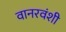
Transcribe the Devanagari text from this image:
वानरवंशी